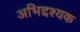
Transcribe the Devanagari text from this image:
अभिद्दश्यक